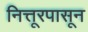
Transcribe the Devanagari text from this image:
नित्तूरपासून